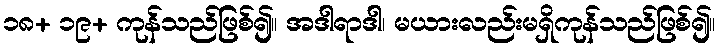
၁၈+ ၁၉+ ကုန်သည်ဖြစ်၍။ အဒါရာဒါ၊ မယားလည်းမရှိကုန်သည်ဖြစ်၍။